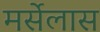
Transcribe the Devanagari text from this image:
मर्सेलास